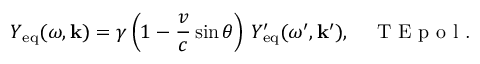
Y _ { \mathrm { e q } } ( \omega , \mathbf { k } ) = \gamma \left( 1 - \frac { v } { c } \sin \theta \right) \, Y _ { \mathrm { e q } } ^ { \prime } ( \omega ^ { \prime } , \mathbf { k } ^ { \prime } ) , \quad \textrm { T E p o l . }